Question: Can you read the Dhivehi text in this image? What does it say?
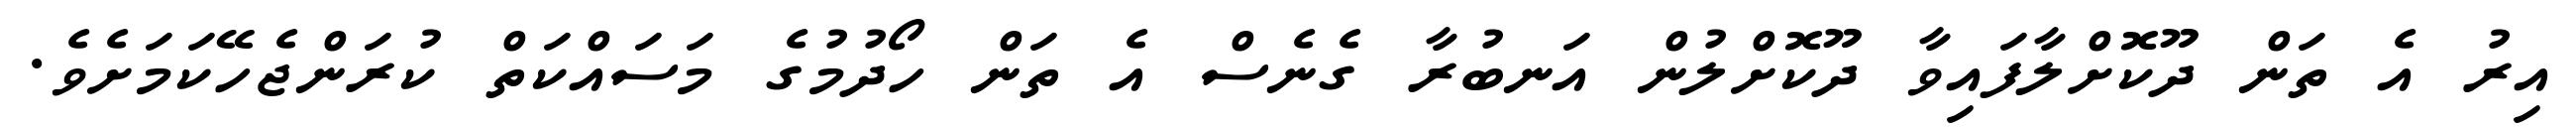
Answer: އިރު އެ ތަން ދޫކޮށްލާފައިވާ ދޫކޮށްލުން އަނބުރާ ގެނެސް އެ ތަން ހޯދުމުގެ މަސައްކަތް ކުރަންޖެހޭކަމަށެވެ.